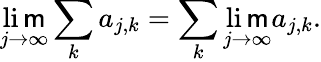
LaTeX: \operatorname*{li\mathsf{m}}_{j\to\infty}\sum_{k}a_{j,k}=\sum_{k}\operatorname*{li\mathsf{m}}_{j\to\infty}a_{j,k}.